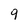
Character: 9